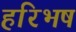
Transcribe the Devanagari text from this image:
हरिभष